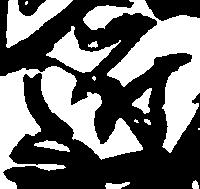
近